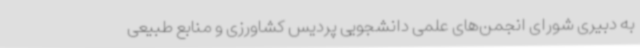
به دبیری شورای انجمن‌های علمی دانشجویی پردیس کشاورزی و منابع طبیعی